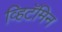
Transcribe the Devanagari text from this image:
व्हिटॅमिन